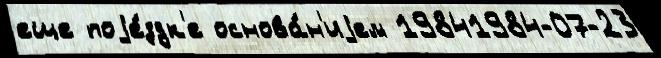
еще поjе́здк'е основа́н'иjем 19841984-07-23